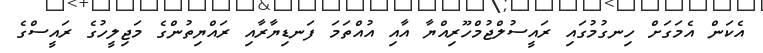
އެކަން އެމަގަށް ހިނގުމުގައި ރައީސުލްޖުމްހޫރިއްޔާ އާއި އުއްތަމަ ފަނޑިޔާރާއި ރައްޔިތުންގެ މަޖިލީހުގެ ރައީސްގެ